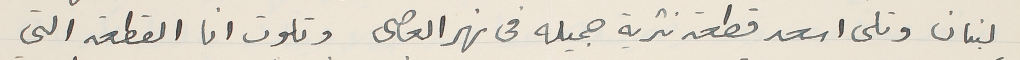
لبنان وتلى اسعد قطعة نثرية جميله فى نهر العاصى وتلوت انا القطعة التى